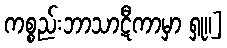
ကစ္စည်းဘာသာဋီကာမှာ ရှု။]